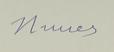
Signature authenticity: forged